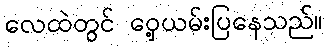
လေထဲတွင် ဝှေ့ယမ်းပြနေသည်။